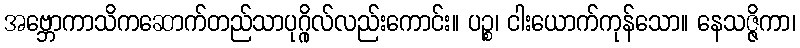
အဗ္ဘောကာသိကဆောက်တည်သာပုဂ္ဂိုလ်လည်းကောင်း။ ပဉ္စ၊ ငါးယောက်ကုန်သော။ နေသဇ္ဇိကာ၊